Report on horse surra - Volume I
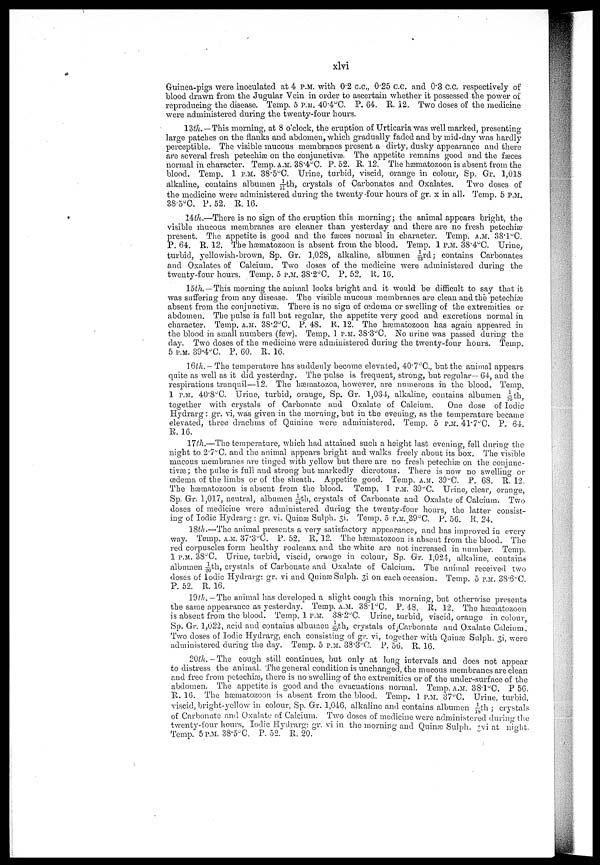
xlvi
Guinea-pigs were inoculated at 4 P.M. with 0.2 c.c„ 0.25 c.c. and 0.3 C.C, respectively oil
blood drawn from the Jugular Vein in order to ascertain whether it possessed the power oil
reproducing the disease. Temp. 5 P.M. 40.4°C. P. 64. E. 12. Two doses of the medicine
were administered during the twenty-four hours.
12th.—This morning, at 8 o'clock, the eruption of Urticaria was well marked, presenting
large patches on the flanks and abdomen, which gradually faded and by mid-day was hardly
perceptible. The visible mucous membranes present a dirty, dusky appearance and there
are several fresh petechias on the conjunctivæ. The appetite remains good and the fæces
normal in character. Temp. A.M. 38.4°C. P. 52. R. 12. The hæmatozoon is absent from the
blood. Temp. 1 P.M. 38.5°C. Urine, turbid, viscid, orange in colour, Sp. Gr. 1,018
alkaline, contains albumen 1/11th, crystals of. Carbonates and Oxalates.
Two doses of
the medicine were administered during the twenty-four hours of gr. x in all. Temp. 5 P.M.
38.5°C. P. 52. R. 16.
14th.—There is no sign of the eruption this morning; the animal appears bright, the
visible mucous membranes are cleaner than yesterday and there are no fresh petechiæ
present. The appetite is good and the fæces normal in character. Temp. A.M. 38.1°C.
P. 64, R. 12. The hæmatozoon is absent from the blood. Temp. 1 P.M. 38.4°C. Urine,
turbid, yellowish-brown, Sp. Gr. 1,028, alkaline, albumen 1/23rd; contains Carbonates
and Oxalates of Calcium. Two doses of the medicine were administered during the
twenty-four hours. Temp. 5 P.M. 38.2°C. P. 52. R. 16.
15th.—This morning the animal looks bright and it would be difficult to say that it
was suffering from any disease. The visible mucous membranes are clean and the petechiæ
absent from the conjunctivæ. There is no sign of oedema or swelling of the extremities or
abdomen. The pulse is full but regular, the appetite very good and excretions normal in
character. Temp. A.M. 38.2°C. P. 48. R. 12. The hæmatozoon has again appeared in
the blood in small numbers (few). Temp. 1 P.M. 38.3°C. No urine was passed during the
day. Two doses of the medicine were administered during the twenty-four hours. Temp.
5 P.M. 39.4°C. P. 60. R. 16.
16th.— The temperature has suddenly become elevated, 40.7°C, but the animal appears
quite as well as it did yesterday. The pulse is frequent, strong, but regular— 64, and the
respirations tranquil—12. The hæmatozoa, however, are numerous in the blood. Temp.
1 P.M. 40.8°C. Urine, turbid, orange, Sp. Gr. 1,034, alkaline, contains albumen 1/16th
together with crystals of Carbonate and Oxalate of Calcium.
One dose of Iodic
Hydrarg : gr. vi, was given in the morning, but in the evening, as the temperature became
elevated, three drachms of Quinine were administered. Temp. 5 P.M. 4l.7 o C. P, 64
R. 16.
17th.—The temperature, which had attained such a height last evening, fell during the-
night to 2.7°C. and the animal appears bright and walks freely about its box. The visible
mucous membranes are tinged with yellow but there are no fresh petechias on the conjunc-
tivas; the pulse is full and strong but markedly dicrotous. There is now no swelling or
œdema of the limbs or of the sheath. Appetite good. Temp. A.M.. 39°C. P. 68. R. 12.
The hæmatozoon is absent from the blood. Temp. 1 P.M. 39°C. Urine, clear, orange,
Sp. Gr. 1,017, neutral, albumen 1/24th, crystal's of Carbonate and Oxalate of Calcium. Two
doses of medicine were administered during the twenty-four hours, the latter consist-
ing of Iodic Hydrarg : gr. vi. Quinæ Sulph. 3i. Temp. 5 P.M._39°C. P. 56. R. 24.
18th.—'The animal presents a very satisfactory appearance, and has improved in every
way. Temp. A.M. 37.3°C. P. 52. R. 12. The hæmatozoon is absent from the blood. The
red corpuscles form healthy rouleaux and the white are not increased in number. Temp.
1 P.M. 38°C. Urine, turbid, viscid, orange in colour, Sp. Gr. 1,024, alkaline, contains
albumen 1/24th, crystals of Carbonate and Oxalate of Calcium. The animal received two
doses of Iodic Hydrarg: gr. vi and Quinæ Sulph. 3i on each occasion. Temp. 5 P.M. 38.6°C
P. 52. R. 16.
19th. -The animal has developed a slight cough this morning, but otherwise presents
the same appearance as yesterday. Temp. A.M. 38.l°C. P. 48. R. 12. The hæmatozoon
is absent from the blood. Temp. 1 P.M. 38.2°C. Urine, turbid, viscid, orange in colour
So. Gr. 1,022, acid and contains albumen 1/20th, crystals of Carbonate and Oxalate Calcium
Two doses of Iodic Hydraig, each consisting of gr. vi, together with Quinæ Sulph. 3i, were
administered during the day. Temp. 5 P.M. 38.3°C. P. 56. R. 16.
20th.-The cough still continues, but only at long intervals and does not appear
to distress the animal. The general condition is unchanged, the mucous membranes are clean
and free from petechias, there is no swelling of the extremities or of the under-surface of the
abdomen. The appetite is good and the evacuations normal. Temp. A.M. 38.l°C. P 56.
R,. 16. The hæmatozoon is absent from the blood. Temp. 1 P.M. 37°C. Urine, turbid,
viscid, bright-yellow in colour, Sp. Gr. 1,046, alkaline and contains albumen 1/18 th ; crystals
of Carbonate and Oxalate of Calcium. Two doses of medicine were administered during the
twenty-four hours, Iodic Hydrarg: gr. vi in the morning and Quinæ Sulph. 3vi at night.
Temp. 5 P.M. 38.5°C. P. 52. R. 20.